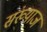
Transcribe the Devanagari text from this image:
संख्याज